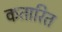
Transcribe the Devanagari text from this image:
कतारित